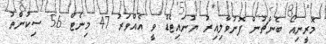
މޮރީނިއޯ ބެންޗުން ފޮނުވާލިއިރު ޔުނައިޓެޑް ވީ އެއްވަރު 47 މިނެޓް 56 ސިކުންތު